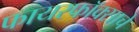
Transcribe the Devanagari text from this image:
फायरफॉक्साचे